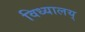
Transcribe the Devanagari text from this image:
विध्यालय्